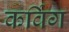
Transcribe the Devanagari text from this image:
कर्विग